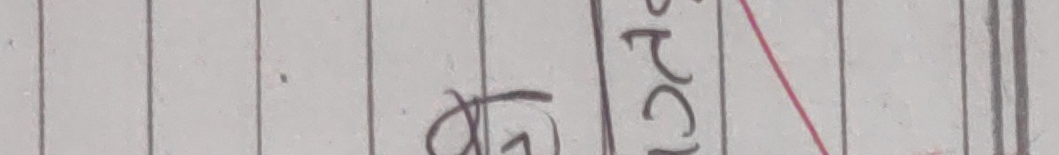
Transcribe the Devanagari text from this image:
क (G) उहाँ